Indian journal of veterinary science and animal husbandry - Volume 11,
Year: 1941
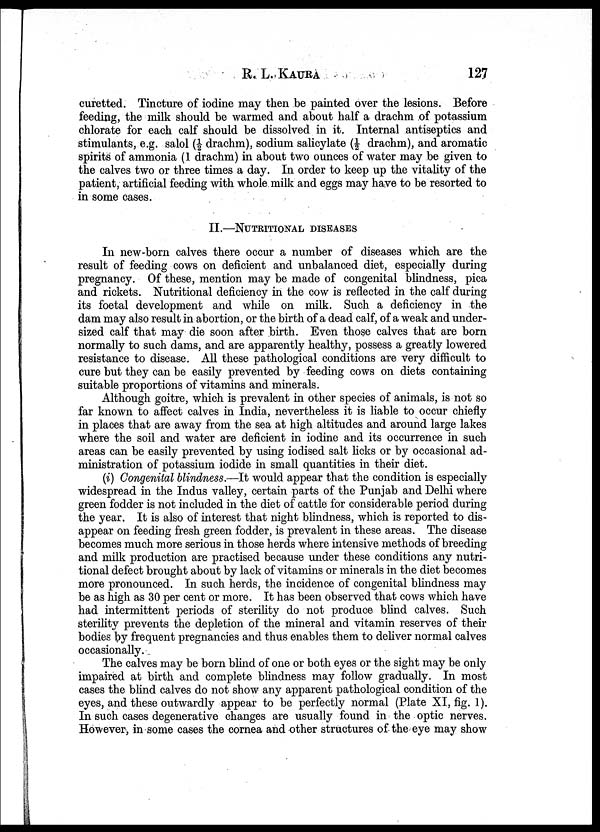
R. L.
KAURA
127
curetted. Tincture of iodine may then be painted over the lesions. Before
feeding, the milk should be warmed and about half a drachm of potassium
chlorate for each calf should be dissolved in it. Internal antiseptics and
stimulants, e.g. salol (½ drachm), sodium salicylate (½ drachm), and aromatic
spirits of ammonia (1 drachm) in about two ounces of water may be given to
the calves two or three times a day. In order to keep up the vitality of the
patient, artificial feeding with whole milk and eggs may have to be resorted to
in some cases.
II.—NUTRITIONAL DISEASES
In new-born calves there occur a number of diseases which are the
result of feeding cows on deficient and unbalanced diet, especially during
pregnancy. Of these, mention may be made of congenital blindness, pica
and rickets. Nutritional deficiency in the cow is reflected in the calf during
its foetal development and while on milk. Such a deficiency in the
dam may also result in abortion, or the birth of a dead calf, of a weak and under-
sized calf that may die soon after birth. Even those calves that are born
normally to such dams, and are apparently healthy, possess a greatly lowered
resistance to disease. All these pathological conditions are very difficult to
cure but they can be easily prevented by feeding cows on diets containing
suitable proportions of vitamins and minerals.
Although goitre, which is prevalent in other species of animals, is not so
far known to affect calves in India, nevertheless it is liable to occur chiefly
in places that are away from the sea at high altitudes and around large lakes
where the soil and water are deficient in iodine and its occurrence in such
areas can be easily prevented by using iodised salt licks or by occasional ad-
ministration of potassium iodide in small quantities in their diet.
(i) Congenital blindness.—It would appear that the condition is especially
widespread in the Indus valley, certain parts of the Punjab and Delhi where
green fodder is not included in the diet of cattle for considerable period during
the year. It is also of interest that night blindness, which is reported to dis-
appear on feeding fresh green fodder, is prevalent in these areas. The disease
becomes much more serious in those herds where intensive methods of breeding
and milk production are practised because under these conditions any nutri-
tional defect brought about by lack of vitamins or minerals in the diet becomes
more pronounced. In such herds, the incidence of congenital blindness may
be as high as 30 per cent or more. It has been observed that cows which have
had intermittent periods of sterility do not produce blind calves. Such
sterility prevents the depletion of the mineral and vitamin reserves of their
bodies by frequent pregnancies and thus enables them to deliver normal calves
occasionally.
The calves may be born blind of one or both eyes or the sight may be only
impaired at birth and complete blindness may follow gradually. In most
cases the blind calves do not show any apparent pathological condition of the
eyes, and these outwardly appear to be perfectly normal (Plate XI, fig. 1).
In such cases degenerative changes are usually found in the optic nerves.
However, in some cases the cornea and other structures of the eye may show